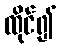
ထိုင်၍